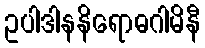
ဥပါဒါနနိရောဓဂါမိနီ